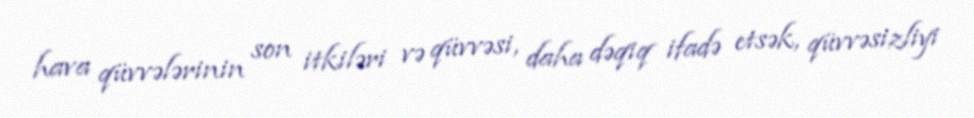
hava qüvvələrinin son itkiləri və qüvvəsi, daha dəqiq ifadə etsək, qüvvəsizliyi